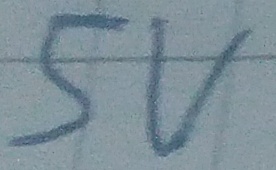
Text: 5V